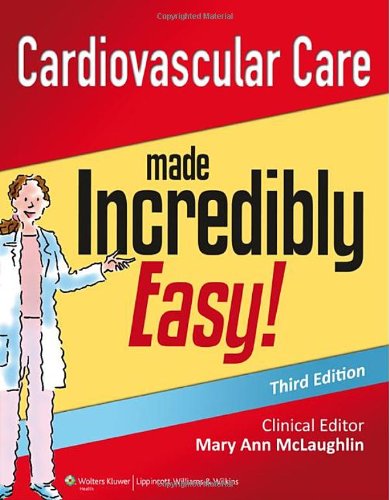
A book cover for Cardiovascular Care Made Incredibly Easy (Incredibly Easy! SeriesÂ®); Mary Ann McLaughlin MSN  RN; Medical Books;